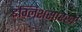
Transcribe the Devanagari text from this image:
इंग्लिशसारखे